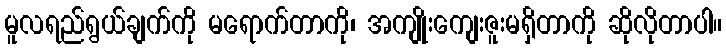
မူလရည်ရွယ်ချက်ကို မရောက်တာကို၊ အကျိုးကျေးဇူးမရှိတာကို ဆိုလိုတာပါ။